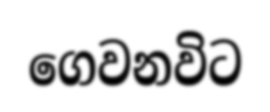
ගෙවනවිට